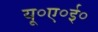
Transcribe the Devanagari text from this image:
यू॰ए॰ई॰